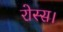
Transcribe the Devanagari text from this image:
रोस्स।